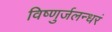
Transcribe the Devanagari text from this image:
विष्णुर्जलन्धरं